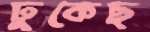
ঢুকেছ